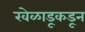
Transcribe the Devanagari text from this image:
खेळाडूकडून